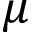
\mu